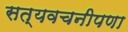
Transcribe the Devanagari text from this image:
सत्यवचनीपणा